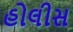
હોલીસ